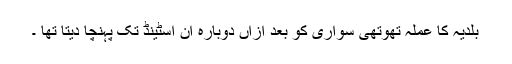
بلدیہ کا عملہ تھوتھی سواری کو بعد ازاں دوبارہ ان اسٹینڈ تک پہنچا دیتا تھا ۔